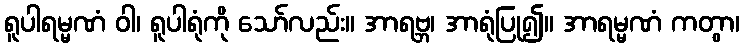
ရူပါရမ္မဏံ ဝါ၊ ရူပါရုံကို သော်လည်း။ အာရဗ္ဘ၊ အာရုံပြု၍။ အာရမ္မဏံ ကတွာ၊